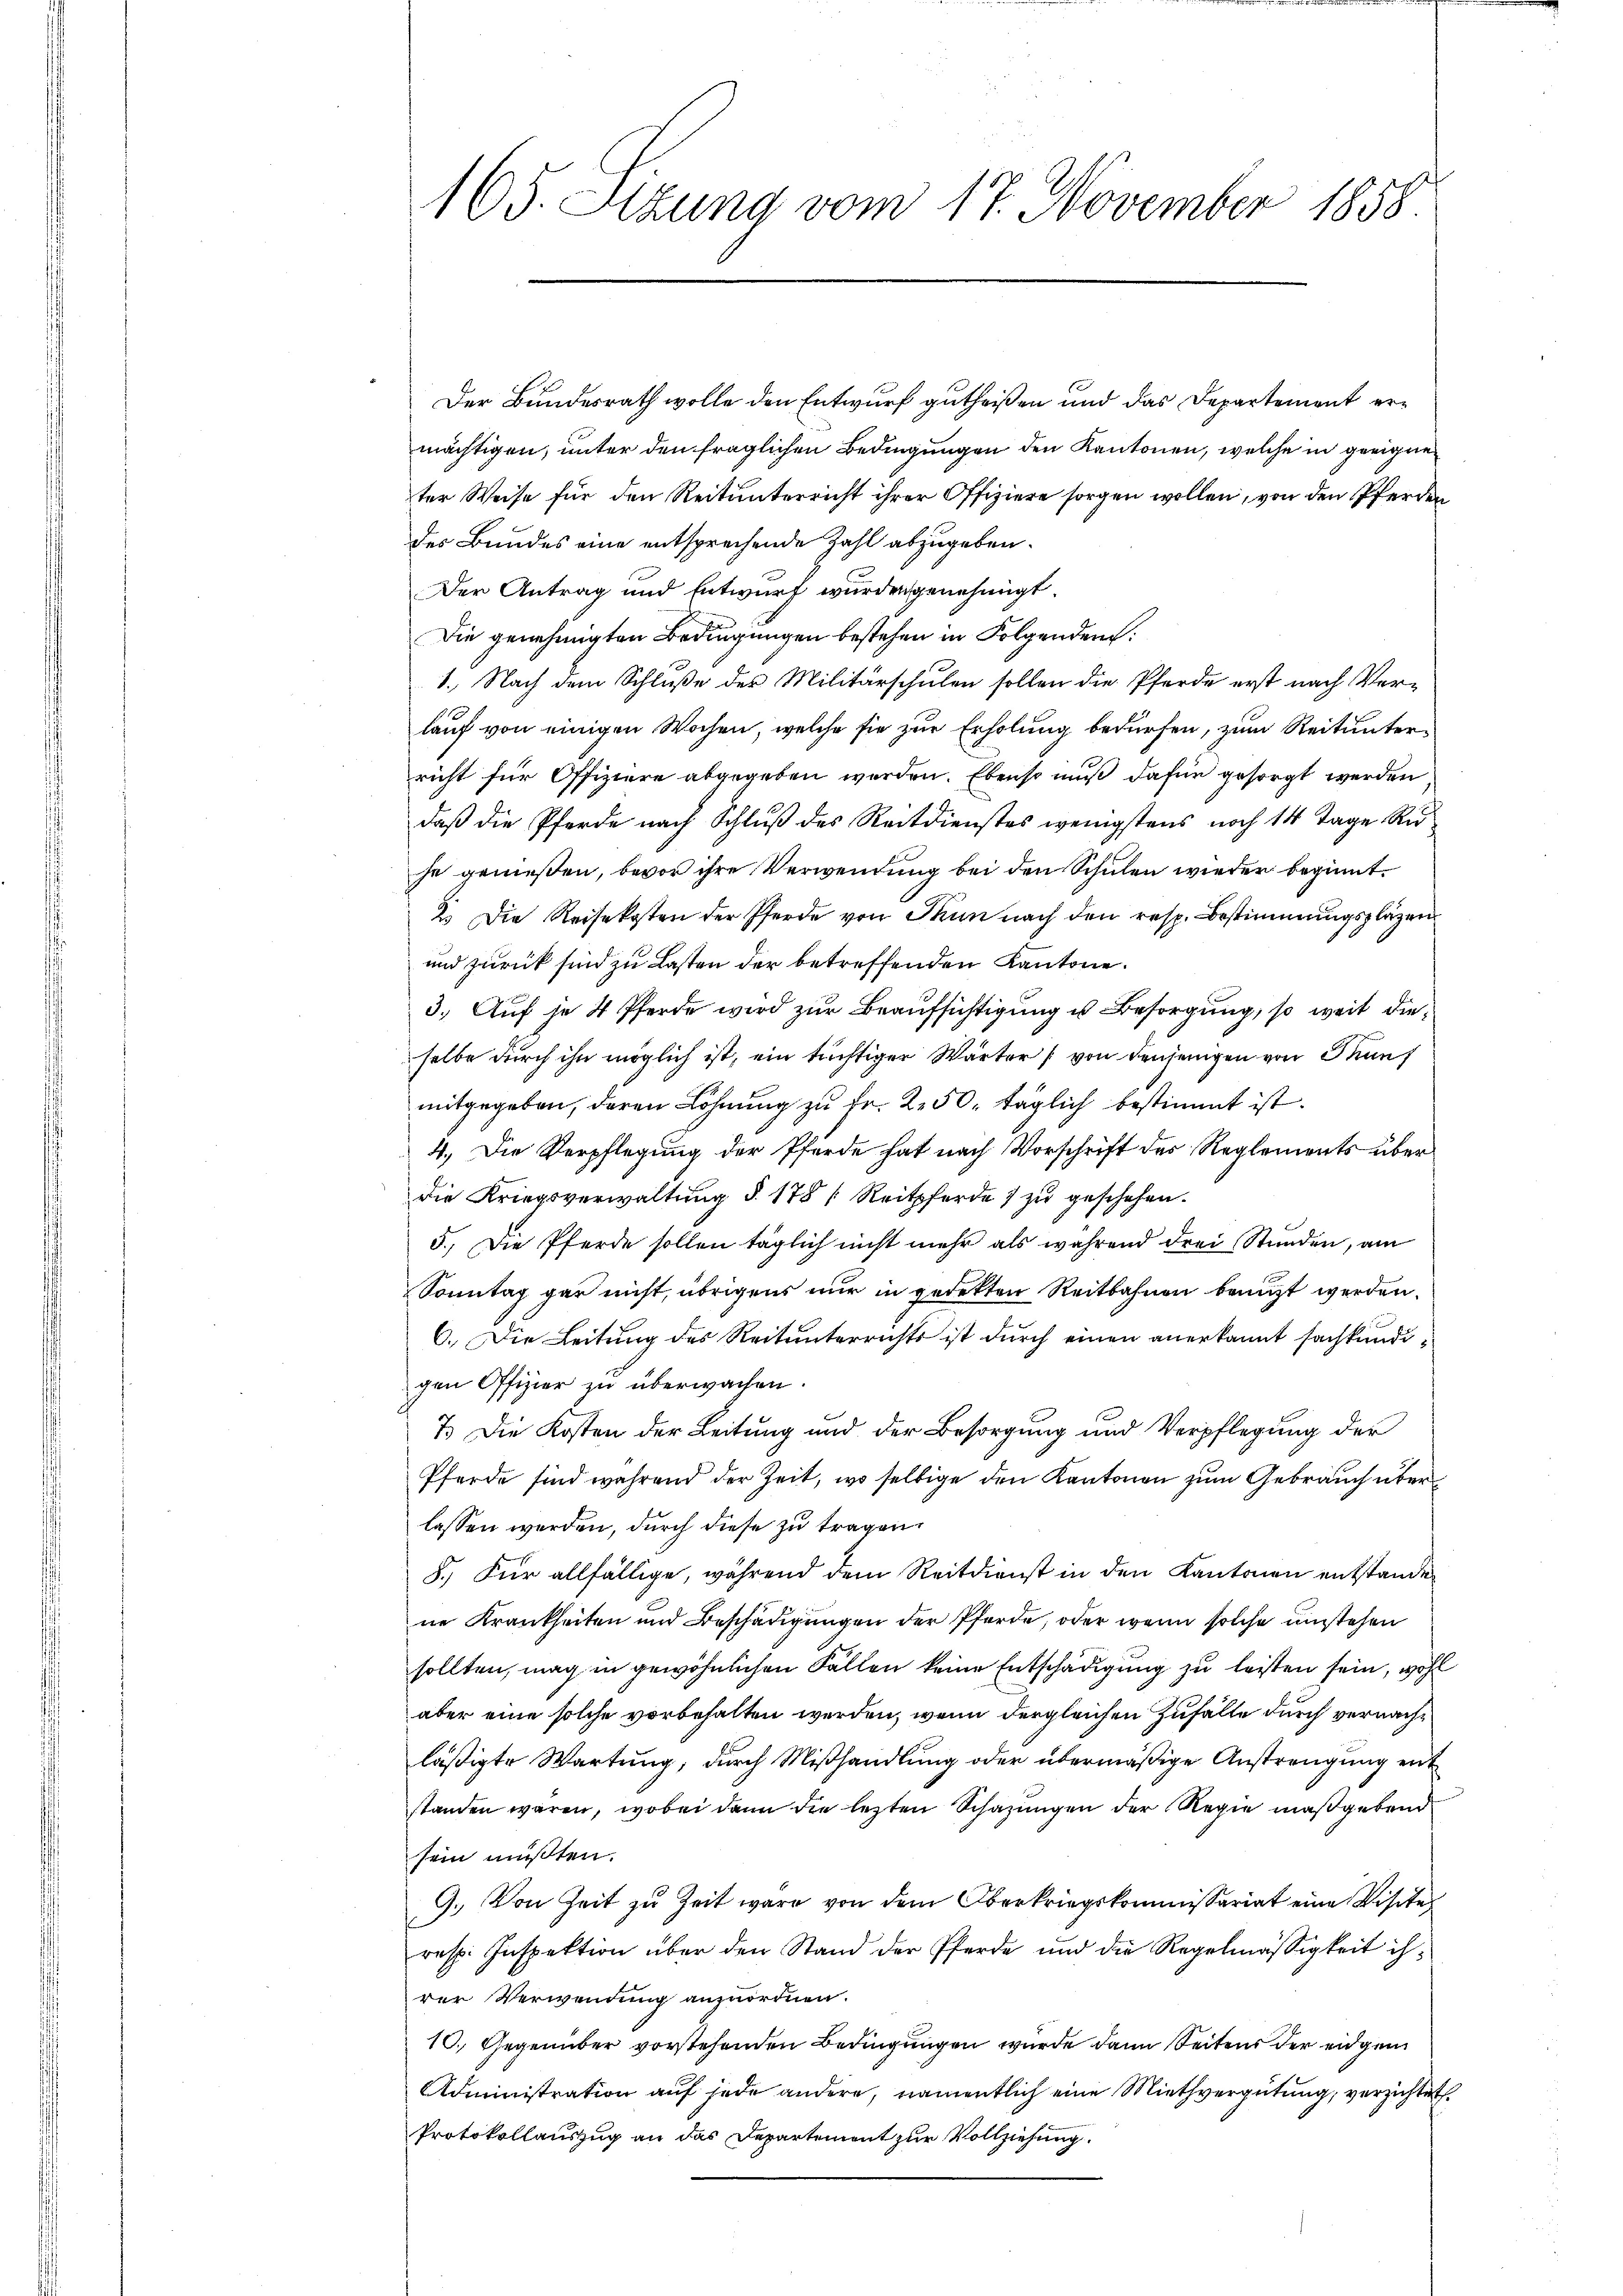
Der Bundesrath wolle den Entwurf gutheißen und das Departement ermächtigen, unter den fraglichen Bedingungen den Kantonen, welche in geeigneter Weise für den Reitunterricht ihrer Offiziere sorgen wollen, von den Pferden
des Bundes eine entsprechende Zahl abzugeben.
Der Antrag und Entwurf wurden genehmigt.
Die genehmigten Bedingungen bestehen in Folgenden:
1.) Nach dem Schluße der Militärschulen sollen die Pferde erst nach Verlauf von einigen Wochen, welche sie zur Erholung bedürfen, zum Reitunterricht für Offiziere abgegeben werden. Ebenso muß dafür gesorgt werden
daβ die Pferde nach Schlŭβ des Reitdienstes wenigstens noch 14 Tage Re
je genießen, bevor ihre Verwendung bei den Schulen wieder beginnt.
2. Die Reisekosten der Pferde von Thun nach den resp. Bestimmungspläzen
und zurück sind zu Lasten der betreffenden Kantone.
3. Auf je 4 Pferde wird zur Beaufsichtigung u Besorgung, so weit dieselbe durch ihn möglich ist, ein tüchtiger Wärter (von denjenigen von Thun
mitgegeben, deren Löhnung zu Fr. 2. 50. täglich bestimmt ist.
4.) Die Verpflegung der Pferde hat nach Vorschrift des Reglements über
die Kriegsverwaltung §. 178 (Reitpferde 1 zu geschehen.
5.) Die Pferde sollen täglich nicht mehr als während drei Stunden, am
Sonntag gar nicht, übrigens nur in gedekten Reitbahnen benuzt werden.
6. Die Leitung des Reitunterrichts ist durch einen anerkannt sachkundigen Offizier zu überwachen.
7.) Die Kosten der Leitung und der Besorgung und Verpflegung der
Pferde sind während der Zeit, wo selbige den Kantonen zum Gebrauch über
lassen werden, durch diese zu tragen.
8.) Für allfällige, während dem Reitdienst in den Kantonen entstande
ne Krankheiten und Beschädigungen der Pferde, oder wenn solche unstehen
sollten, mag in gewöhnlichen Fällen keine Entschädigung zu leisten sein, wohl
aber eine solche vorbehalten werden, wenn dergleichen Zuhalte durch vernachläßigte Wartung, durch Mißhandlung oder übermäßige Anstrengung ent
standen waren, wobei dann die lezten Schazungen der Regie maßgebend
sein müßten.
9. Von Zeit zu Zeit wäre von dem Oberkriegskommissariat eine Visite
resp. Inspektion über den Stand der Pferde und die Regelmässigkeit ihrer Verwendung anzuordnen.
10. Gegenüber vorstehenden Bedingungen wurde dann Seitens der eidgen
Administration auf jede andere, namentlich eine Miethvergütung, verzichtet
Protokollauszug an das Departement zur Vollziehung.

165. Sizung vom 17. November 1858.